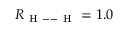
R _ { \mathrm { ~ H ~ -- ~ H ~ } } = 1 . 0